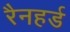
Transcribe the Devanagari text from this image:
रैनहर्ड